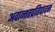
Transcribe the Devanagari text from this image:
अवान्तरप्रतिपादन